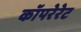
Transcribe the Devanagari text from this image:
कॉपरेरेट